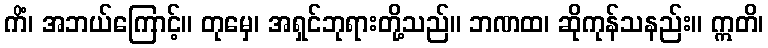
ကိံ၊ အဘယ်ကြောင့်။ တုမှေ၊ အရှင်ဘုရားတို့သည်။ ဘဏထ၊ ဆိုကုန်သနည်း။ ဣတိ၊